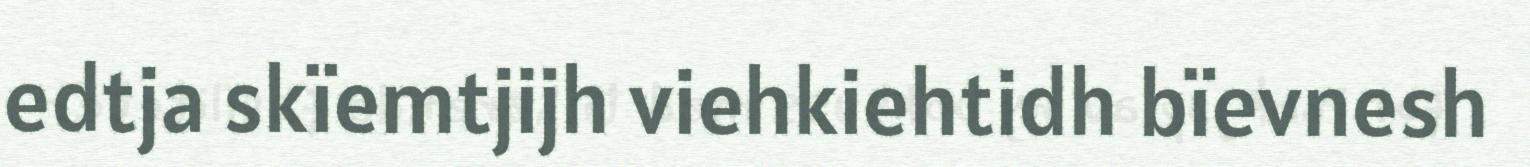
edtja skïemtjijh viehkiehtidh bïevnesh